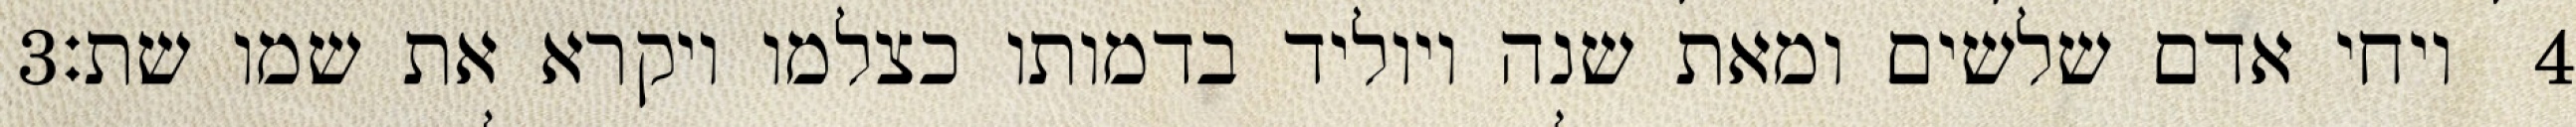
‎3‏ ויחי אדם שלשים ומאת שנה ויוליד בדמותו כצלמו ויקרא את שמו שת׃ ‎4‏